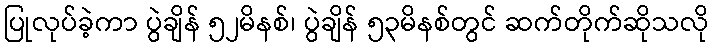
ပြုလုပ်ခဲ့ကာ ပွဲချိန် ၅၂မိနစ်၊ ပွဲချိန် ၅၃မိနစ်တွင် ဆက်တိုက်ဆိုသလို